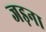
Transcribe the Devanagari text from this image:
जड़ना